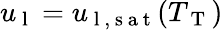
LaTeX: u_{\mathrm{~l~}}=u_{\mathrm{~l~,~s~a~t~}}(T_{\mathrm{~T~}})